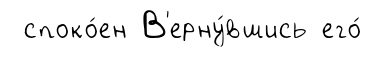
споко́ен В'ерну́вшись его́